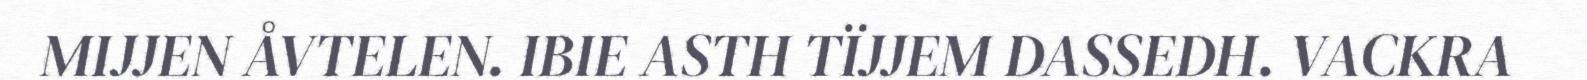
MIJJEN ÅVTELEN. IBIE ASTH TÏJJEM DASSEDH. VACKRA